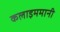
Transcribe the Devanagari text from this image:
कलाइममानी